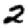
Digit: 2